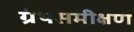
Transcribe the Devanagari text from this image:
ग्रंथसमीक्षण